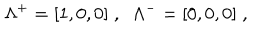
\Lambda ^ { + } = [ 1 , 0 , 0 ] \; , \; \; \Lambda ^ { - } = [ 0 , 0 , 0 ] \; ,